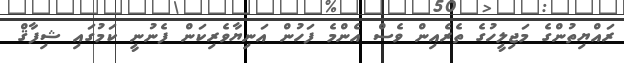
ރައްޔިތުންގެ މަޖިލީހުގެ ތެރެއިން ވެސް އެންމެ ފަހުން އަނިޔާވެރިކަން ފެނުނީ ކަމުގައި ޝިފާޤް